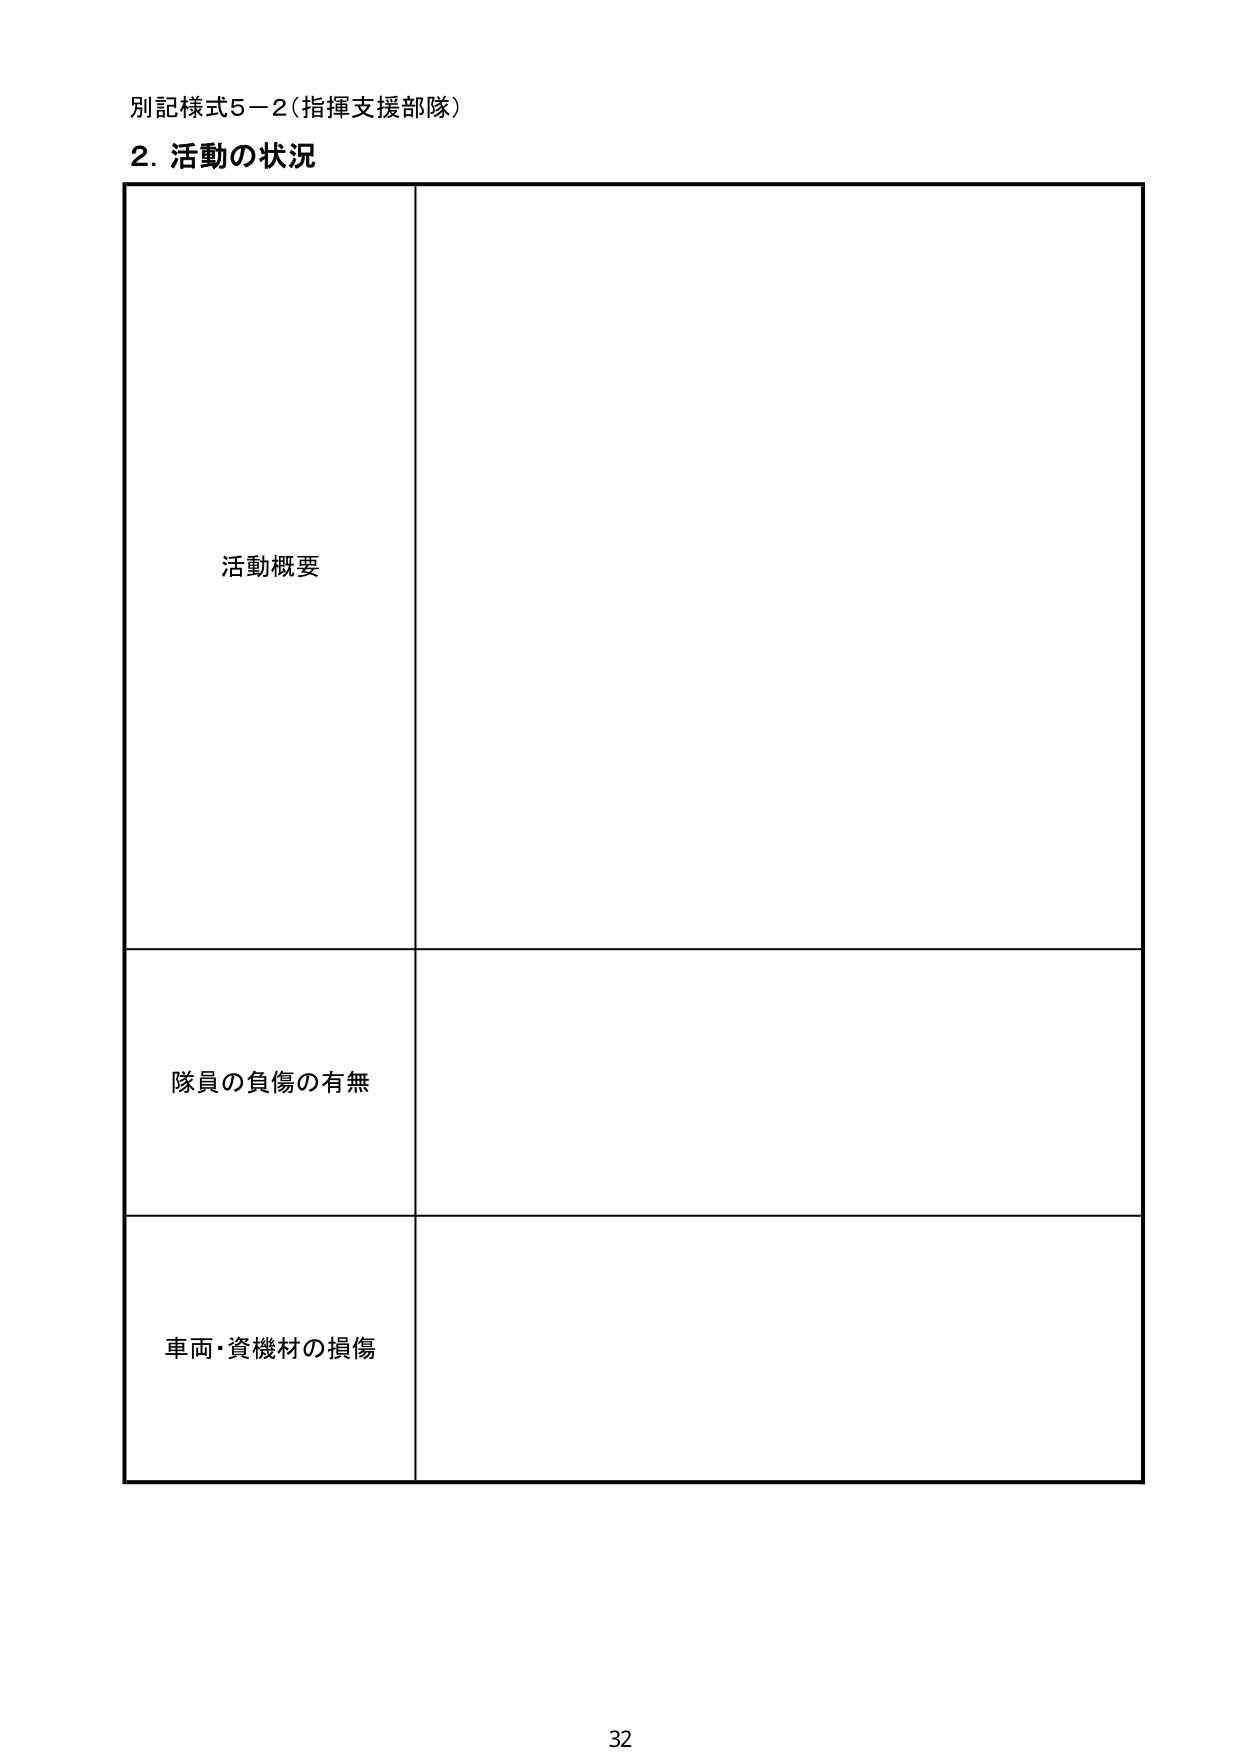
別記様式5－2（指揮支援部隊）
2. 活動の状況
活動概要
隊員の負傷の有無
車両・資機材の損傷
32